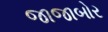
જાજાબોર